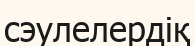
сэулелердіқ